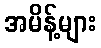
အမိန့်များ